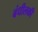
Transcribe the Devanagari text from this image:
बंधीलकी